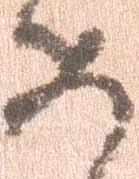
如